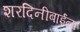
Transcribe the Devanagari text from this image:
शरदिनीबाईंना